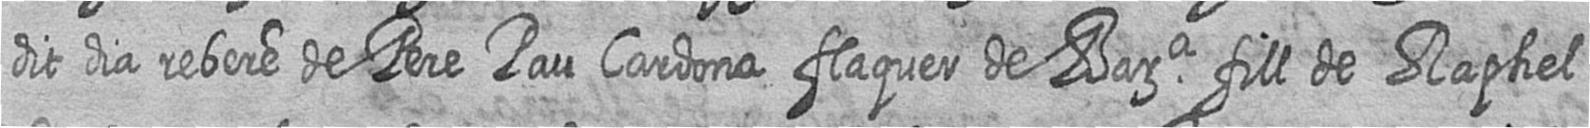
dit dia rebere de Pere Pau Cardona flaquer de Bara fill de Raphel